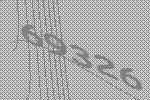
69326